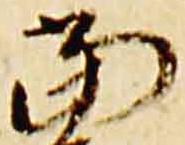
当